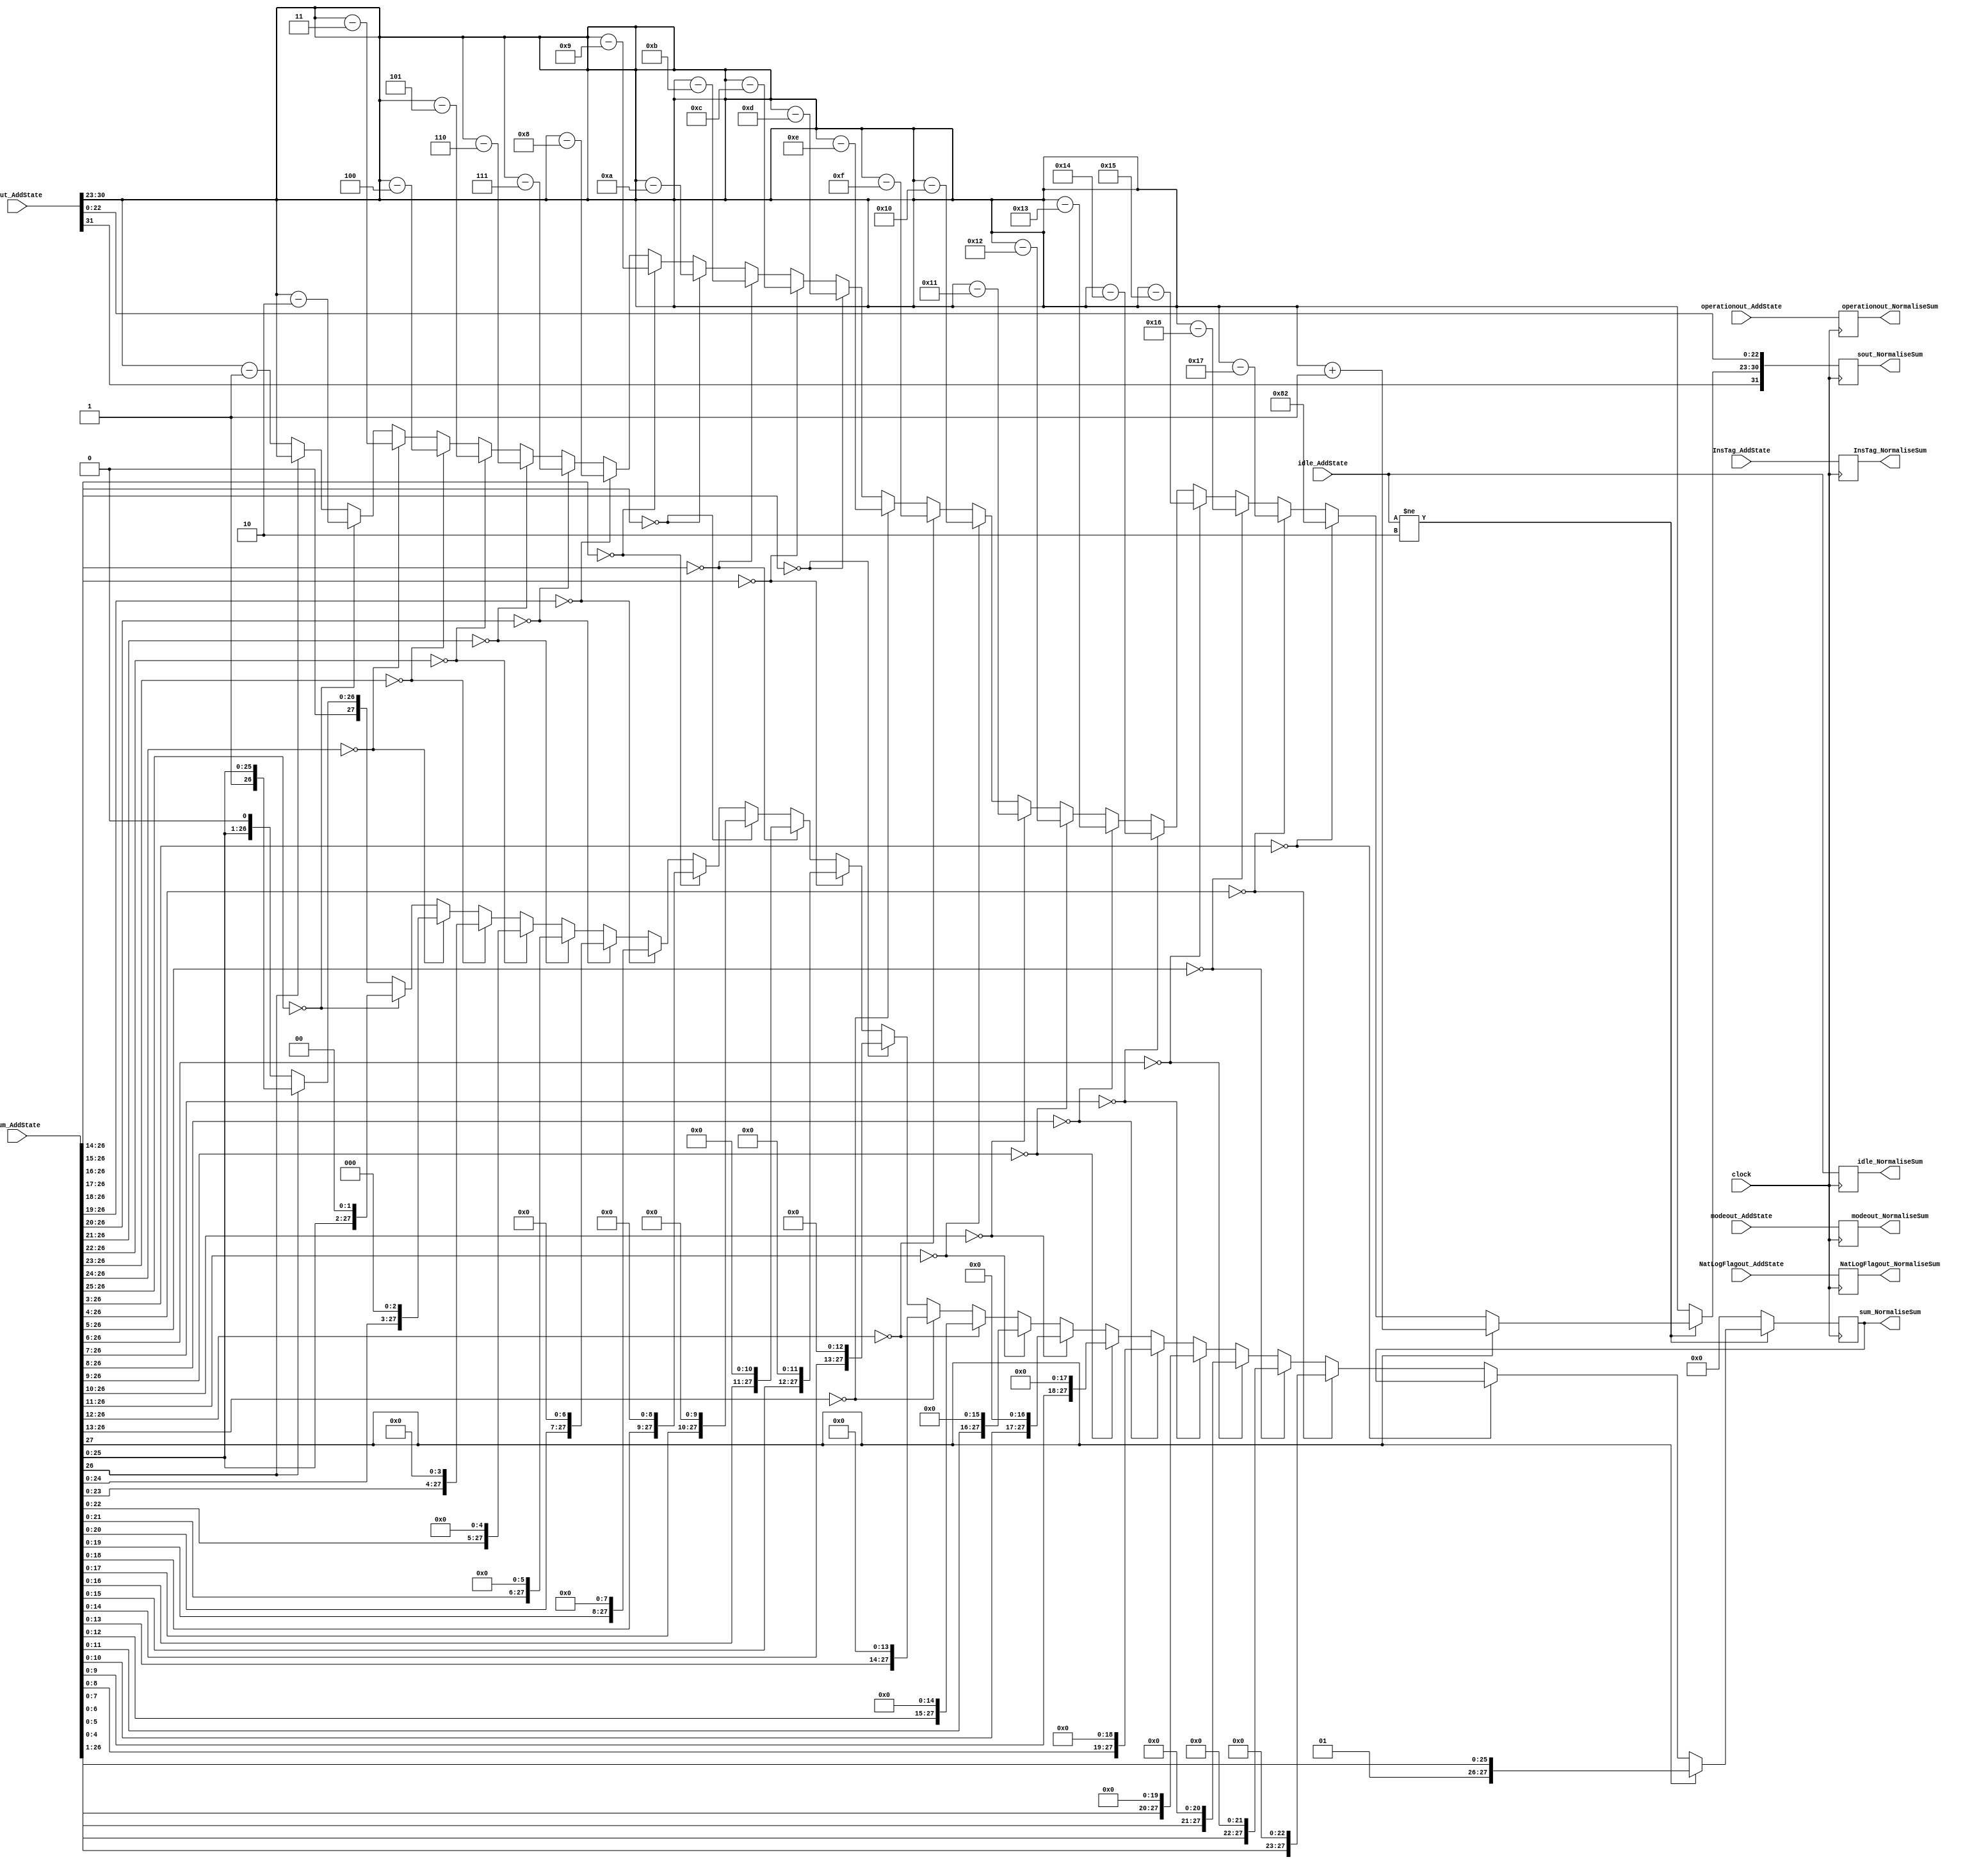
module NormaliseSum(
	input [1:0] idle_AddState,
	input [31:0] sout_AddState,
	input [1:0] modeout_AddState,
	input operationout_AddState,
	input NatLogFlagout_AddState,
	input [27:0] sum_AddState,
	input [7:0] InsTag_AddState,
	input clock,
	output reg [1:0] idle_NormaliseSum,
	output reg [31:0] sout_NormaliseSum,
	output reg [1:0] modeout_NormaliseSum,
	output reg operationout_NormaliseSum,
	output reg NatLogFlagout_NormaliseSum,
	output reg [27:0] sum_NormaliseSum,
	output reg [7:0] InsTag_NormaliseSum
    );

parameter mode_circular  =2'b01, 
			 mode_linear    =2'b00, 
			 mode_hyperbolic=2'b11;

parameter no_idle = 2'b00,
			 allign_idle = 2'b01,
			 put_idle = 2'b10;

wire [7:0] s_exponent;

assign s_exponent = sout_AddState[30:23];

always @ (posedge clock)
begin
	
	InsTag_NormaliseSum <= InsTag_AddState;
	idle_NormaliseSum <= idle_AddState;
	modeout_NormaliseSum <= modeout_AddState;
	operationout_NormaliseSum <= operationout_AddState;
	NatLogFlagout_NormaliseSum <= NatLogFlagout_AddState;
	
	if (idle_AddState != put_idle) begin
			
			sout_NormaliseSum[31] <= sout_AddState[31];
			sout_NormaliseSum[22:0] <= sout_AddState[22:0];
			
			if (sum_AddState[27] == 1'b1) begin
				sout_NormaliseSum[30:23] <= s_exponent + 1;
				sum_NormaliseSum <= sum_AddState >> 1;
			end

			else if(sum_AddState[26:3] == 24'h000000) begin
				sout_NormaliseSum[30:23] <= 10'h382;
			end
			
			else if (sum_AddState[26:4] == 23'h000000) begin
				sout_NormaliseSum[30:23] <= s_exponent - 23;
				sum_NormaliseSum <= sum_AddState << 23;
			end
			
			else if (sum_AddState[26:5] == 22'h000000) begin
				sout_NormaliseSum[30:23] <= s_exponent - 22;
				sum_NormaliseSum <= sum_AddState << 22;			
			end
			
			else if (sum_AddState[26:6] == 21'h000000) begin
				sout_NormaliseSum[30:23] <= s_exponent - 21;
				sum_NormaliseSum <= sum_AddState << 21;			
			end
			
			else if (sum_AddState[26:7] == 20'h00000) begin
				sout_NormaliseSum[30:23] <= s_exponent - 20;
				sum_NormaliseSum <= sum_AddState << 20;			
			end
			
			else if (sum_AddState[26:8] == 19'h00000) begin
				sout_NormaliseSum[30:23] <= s_exponent - 19;
				sum_NormaliseSum <= sum_AddState << 19;			
			end

			else if (sum_AddState[26:9] == 18'h00000) begin
				sout_NormaliseSum[30:23] <= s_exponent - 18;
				sum_NormaliseSum <= sum_AddState << 18;			
			end

			else if (sum_AddState[26:10] == 17'h00000) begin
				sout_NormaliseSum[30:23] <= s_exponent - 17;
				sum_NormaliseSum <= sum_AddState << 17;			
			end

			else if (sum_AddState[26:11] == 16'h0000) begin
				sout_NormaliseSum[30:23] <= s_exponent - 16;
				sum_NormaliseSum <= sum_AddState << 16;			
			end

			else if (sum_AddState[26:12] == 15'h0000) begin
				sout_NormaliseSum[30:23] <= s_exponent - 15;
				sum_NormaliseSum <= sum_AddState << 15;			
			end

			else if (sum_AddState[26:13] == 14'h0000) begin
				sout_NormaliseSum[30:23] <= s_exponent - 14;
				sum_NormaliseSum <= sum_AddState << 14;			
			end

			else if (sum_AddState[26:14] == 13'h0000) begin
				sout_NormaliseSum[30:23] <= s_exponent - 13;
				sum_NormaliseSum <= sum_AddState << 13;			
			end

			else if (sum_AddState[26:15] == 12'h000) begin
				sout_NormaliseSum[30:23] <= s_exponent - 12;
				sum_NormaliseSum <= sum_AddState << 12;			
			end

			else if (sum_AddState[26:16] == 11'h000) begin
				sout_NormaliseSum[30:23] <= s_exponent - 11;
				sum_NormaliseSum <= sum_AddState << 11;			
			end

			else if (sum_AddState[26:17] == 10'h000) begin
				sout_NormaliseSum[30:23] <= s_exponent - 10;
				sum_NormaliseSum <= sum_AddState << 10;			
			end

			else if (sum_AddState[26:18] == 9'h0000) begin
				sout_NormaliseSum[30:23] <= s_exponent - 9;
				sum_NormaliseSum <= sum_AddState << 9;			
			end

			else if (sum_AddState[26:19] == 8'h00) begin
				sout_NormaliseSum[30:23] <= s_exponent - 8;
				sum_NormaliseSum <= sum_AddState << 8;			
			end

			else if (sum_AddState[26:20] == 7'h00) begin
				sout_NormaliseSum[30:23] <= s_exponent - 7;
				sum_NormaliseSum <= sum_AddState << 7;			
			end

			else if (sum_AddState[26:21] == 6'h00) begin
				sout_NormaliseSum[30:23] <= s_exponent - 6;
				sum_NormaliseSum <= sum_AddState << 6;			
			end

			else if (sum_AddState[26:22] == 5'h00) begin
				sout_NormaliseSum[30:23] <= s_exponent - 5;
				sum_NormaliseSum <= sum_AddState << 5;			
			end

			else if (sum_AddState[26:23] == 4'h0) begin
				sout_NormaliseSum[30:23] <= s_exponent - 4;
				sum_NormaliseSum <= sum_AddState << 4;			
			end

			else if (sum_AddState[26:24] == 3'h0) begin
				sout_NormaliseSum[30:23] <= s_exponent - 3;
				sum_NormaliseSum <= sum_AddState << 3;			
			end

			else if (sum_AddState[26:25] == 2'h0) begin
				sout_NormaliseSum[30:23] <= s_exponent - 2;
				sum_NormaliseSum <= sum_AddState << 2;			
			end

			else if (sum_AddState[26] == 1'h0) begin
				sout_NormaliseSum[30:23] <= s_exponent - 1;
				sum_NormaliseSum <= sum_AddState << 1;			
			end
				
			else begin
				sout_NormaliseSum[30:23] <= s_exponent;
				sum_NormaliseSum <= sum_AddState;
			end
	end
	
	else begin
		sout_NormaliseSum <= sout_AddState;
		sum_NormaliseSum <= 0;
	end
end

endmodule